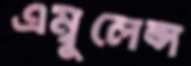
এম্বুলেন্স